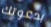
بدعوتك